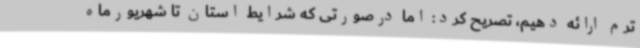
ترم ارائه دهیم، تصریح کرد: اما درصورتی که شرایط استان تا شهریورماه